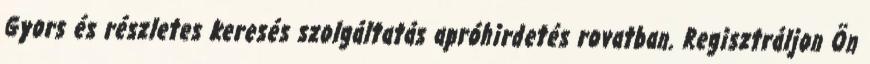
Gyors és részletes keresés szolgáltatás apróhirdetés rovatban. Regisztráljon Ön